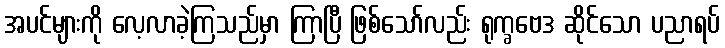
အပင်များကို လေ့လာခဲ့ကြသည်မှာ ကြာပြီ ဖြစ်သော်လည်း ရုက္ခဗေဒ ဆိုင်သော ပညာရပ်